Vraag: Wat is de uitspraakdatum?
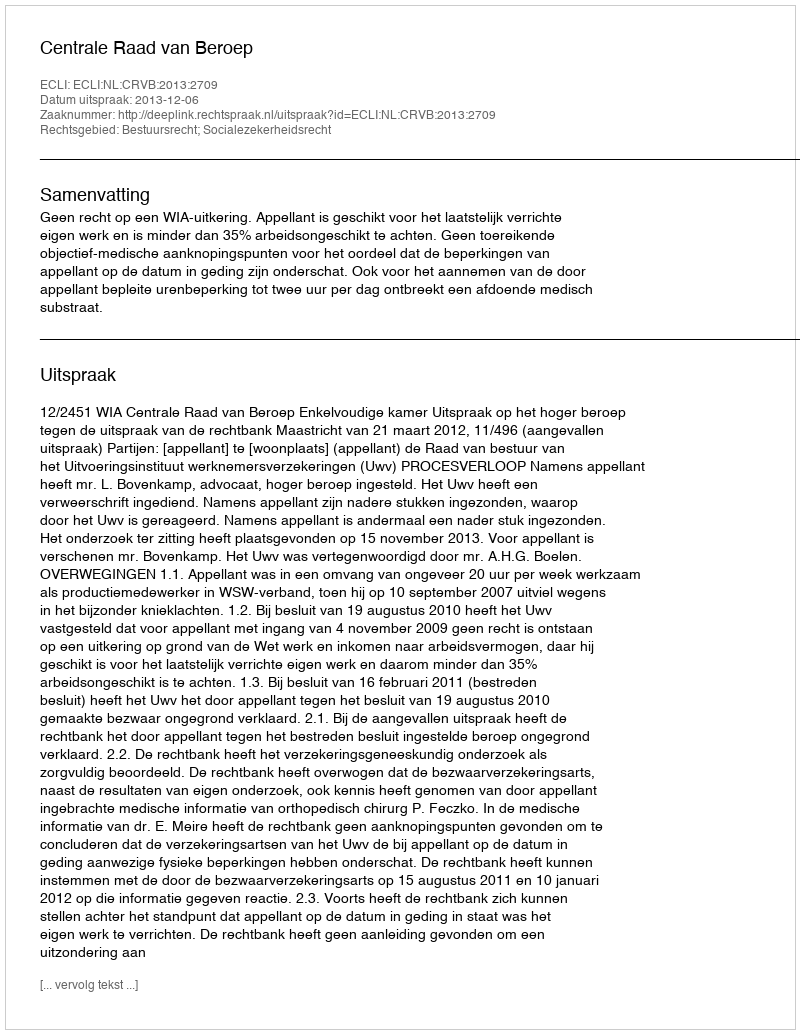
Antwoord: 2013-12-06